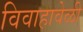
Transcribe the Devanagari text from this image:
विवाहावेळी